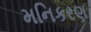
મનિકરણ